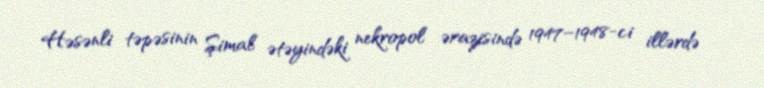
Həsənli təpəsinin Şimal ətəyindəki nekropol ərazisində 1947–1948-ci illərdə